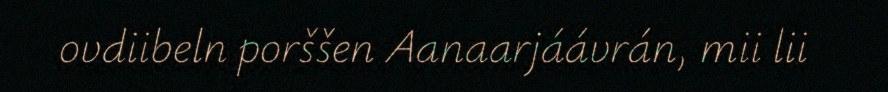
ovdiibeln porššen Aanaarjáávrán, mii lii